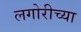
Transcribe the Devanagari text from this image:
लगोरीच्या